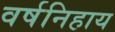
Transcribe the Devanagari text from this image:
वर्षनिहाय